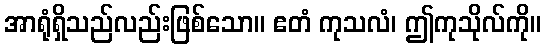
အာရုံရှိသည်လည်းဖြစ်သော။ ဧတံ ကုသလံ၊ ဤကုသိုလ်ကို။